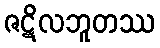
ဇဋိလဘူတဿ